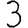
Digit: 3